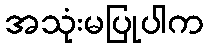
အသုံးမပြုပါက